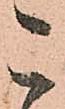
こ